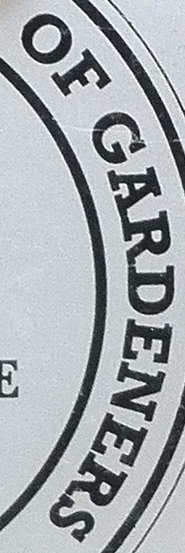
OF GARDENERS